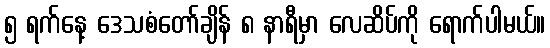
၅ ရက်နေ့ ဒေသစံတော်ချိန် ၈ နာရီမှာ လေဆိပ်ကို ရောက်ပါမယ်။